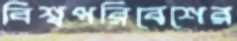
বিশ্বপরিবেশের